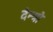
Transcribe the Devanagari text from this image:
देन्त्रो